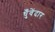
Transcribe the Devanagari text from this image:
धुँवेंदार